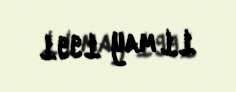
11 may 1991